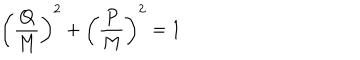
\left( { \frac { Q } { M } } \right) ^ { 2 } + \left( { \frac { P } { M } } \right) ^ { 2 } = 1